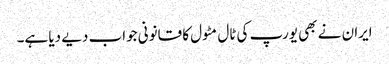
ایران نے بھی یورپ کی ٹال مٹول کا قانونی جواب دیے دیا ہے۔